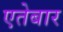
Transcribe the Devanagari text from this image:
एतेबार